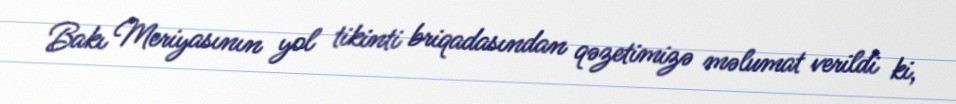
Bakı Meriyasının yol tikinti briqadasından qəzetimizə məlumat verildi ki,